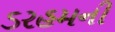
ડરહમની